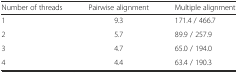
<table><thead><tr><td><b>Number of threads</b></td><td><b>Pairwise alignment</b></td><td><b>Multiple alignment</b></td></tr></thead><tbody><tr><td>1</td><td>9.3</td><td>171.4 / 466.7</td></tr><tr><td>2</td><td>5.7</td><td>89.9 / 257.9</td></tr><tr><td>3</td><td>4.7</td><td>65.0 / 194.0</td></tr><tr><td>4</td><td>4.4</td><td>63.4 / 190.3</td></tr></tbody></table>